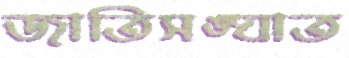
জাতিসঙ্ঘাত